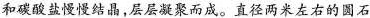
和碳酸盐慢慢结晶，层层凝聚而成。直径两米左右的圆石